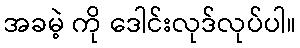
အခမဲ့ ကို ဒေါင်းလုဒ်လုပ်ပါ။